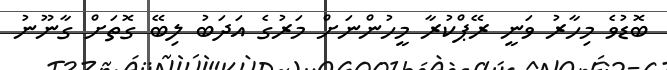
ބޮޑުވެ މިހާރު ވަނީ ރޭޕްކުރާ މީހުންނަށް މަރުގެ އަދަބު ލިބޭ ގޮތަށް ގާނޫނު